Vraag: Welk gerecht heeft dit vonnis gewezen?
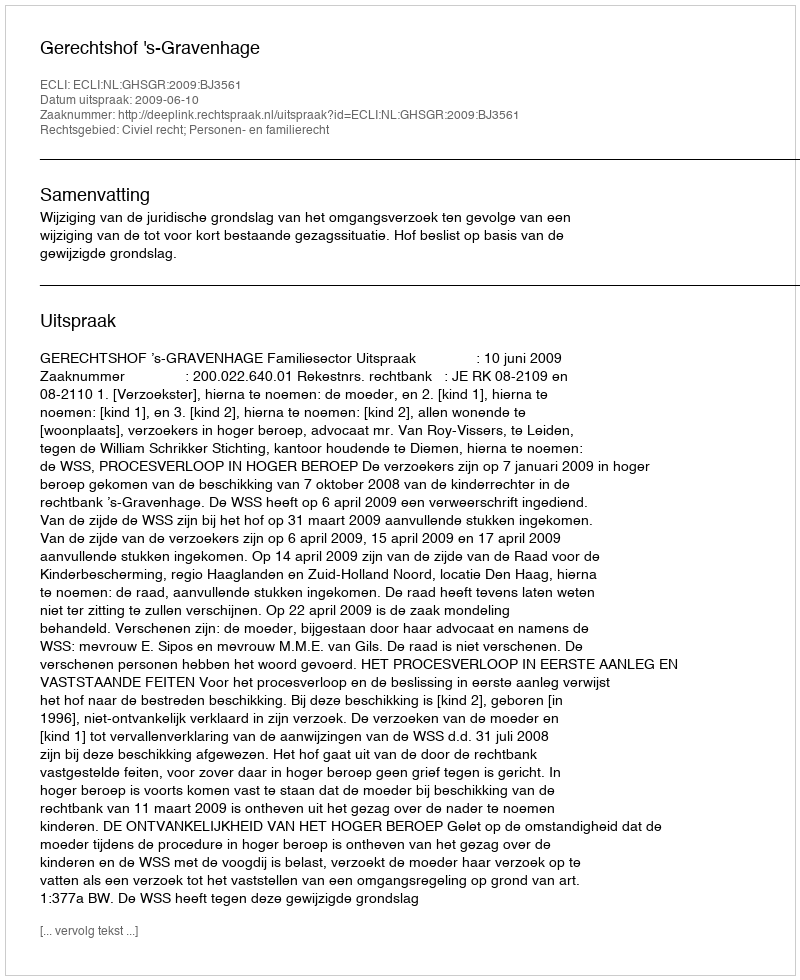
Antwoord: Gerechtshof 's-Gravenhage